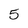
Character: 5